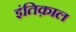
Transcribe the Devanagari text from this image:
इंतिक़ाल